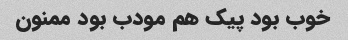
خوب بود پیک هم مودب بود ممنون